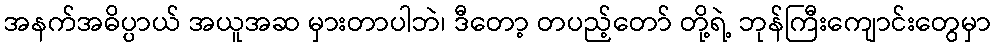
အနက်အဓိပ္ပာယ် အယူအဆ မှားတာပါဘဲ၊ ဒီတော့ တပည့်တော် တို့ရဲ့ ဘုန်ကြီးကျောင်းတွေမှာ